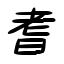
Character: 耆